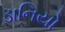
ડાનિયો